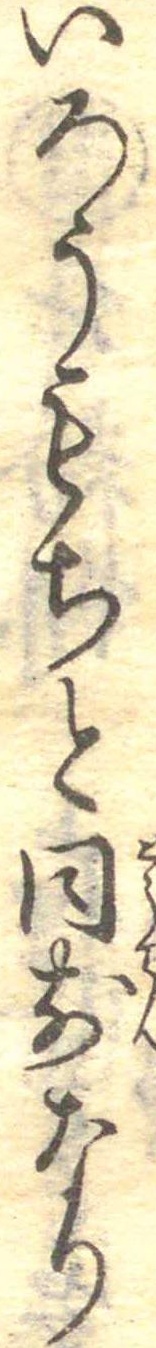
いろうもちと同前なり